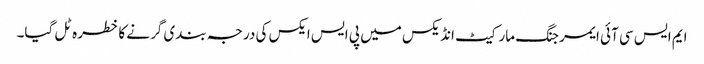
ایم ایس سی آئی ایمرجنگ مارکیٹ انڈیکس میں پی ایس ایکس کی درجہ بندی گرنے کا خطرہ ٹل گیا۔